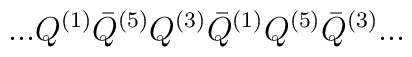
...Q^{(1)}{\bar Q}^{(5)}Q^{(3)}{\bar Q}^{(1)}Q^{(5)}{\bar Q}^{(3)}...